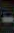
-